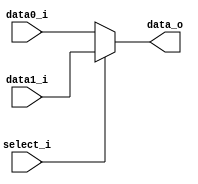
//Subject:     Architecture project 2 - MUX 2to1
//--------------------------------------------------------------------------------
//Version:     1
//--------------------------------------------------------------------------------
//Writer:      
//----------------------------------------------
//Date:        
//----------------------------------------------
//Description: 
//--------------------------------------------------------------------------------
     
module MUX_2to1(
               data0_i,
               data1_i,
               select_i,
               data_o
               );

parameter size = 0;			   
			
//I/O ports               
input   [size-1:0] data0_i;          
input   [size-1:0] data1_i;
input              select_i;
output  [size-1:0] data_o; 

//Internal Signals
reg     [size-1:0] data_o;

//Main function
always@* begin
  if(select_i == 0) begin
    data_o = data0_i;
  end else begin
    data_o = data1_i;
  end
end

endmodule